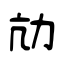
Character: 劥